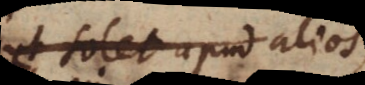
ut solet apud alios,